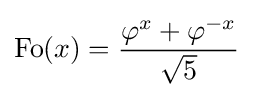
\operatorname {Fo} (x)={\frac {\varphi ^{x}+\varphi ^{-x}}{\sqrt {5}}}